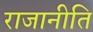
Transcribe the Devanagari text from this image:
राजानीति